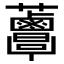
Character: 𧅸